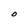
Character: O